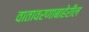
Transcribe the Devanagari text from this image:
वातावरणाबाहेरील